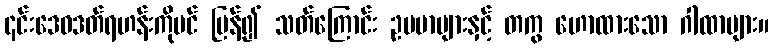
၎င်းဒေဝဒတ်ရဟန်းကိုပင် ပြန်၍ သတ်ကြောင်း ဥပမာများနှင့် တကွ ဟောထားသော ဂါထာများ။